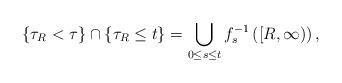
LaTeX: \begin{align*} \left\{ \tau_R < \tau\right\} \cap \left\{ \tau_R \le t \right\} = \bigcup_{0 \le s \le t} f_s^{-1}\left( [R,\infty) \right),\end{align*}